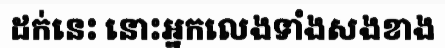
ដក់នេះ នោះអ្នកលេងទាំងសងខាង